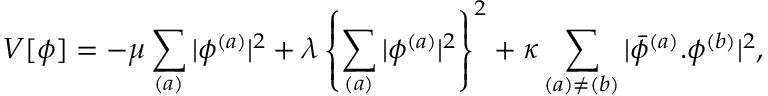
V [ \phi ] = - \mu \sum _ { ( a ) } | \phi ^ { ( a ) } | ^ { 2 } + \lambda \left\{ \sum _ { ( a ) } | \phi ^ { ( a ) } | ^ { 2 } \right\} ^ { 2 } + \kappa \sum _ { ( a ) \neq ( b ) } | \bar { \phi } ^ { ( a ) } . \phi ^ { ( b ) } | ^ { 2 } ,